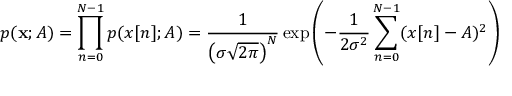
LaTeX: p ( \mathbf { x } ; A ) = \prod _ { n = 0 } ^ { N - 1 } p ( x [ n ] ; A ) = { \frac { 1 } { \left( \sigma { \sqrt { 2 \pi } } \right) ^ { N } } } \exp \left( - { \frac { 1 } { 2 \sigma ^ { 2 } } } \sum _ { n = 0 } ^ { N - 1 } ( x [ n ] - A ) ^ { 2 } \right)